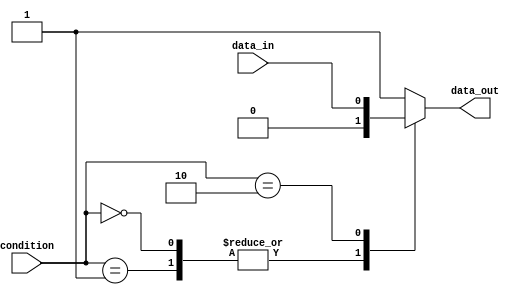
module parallel_case_statement (
  input wire [1:0] condition,
  input wire data_in,
  output wire data_out
);

reg data_out;

always @(*) begin
  case (condition)
    2'b00, 2'b01: begin
       // code block for conditions 00 and 01
       data_out <= 1'b0;
    end
    2'b10: begin
       // code block for condition 10
       data_out <= data_in;
    end
    default: begin
       // code block for all other conditions
       data_out <= 1'b1;
    end
  endcase
end

endmodule